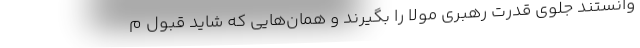
وانستند جلوی قدرت رهبری مولا را بگیرند و همان‌هایی که شاید قبول م